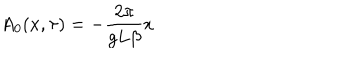
A _ { 0 } ( x , \tau ) = - \frac { 2 \pi } { g L \beta } x